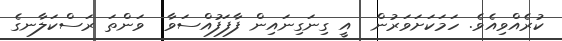
ކުރެއްވިއެވެ. ހަމަކަށަވަރުން  އީ ގިނަގިނައިން ފާފަފުއްސަވާ  ވަންތަ ރަސްކަލާނގެ